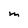
Character: M